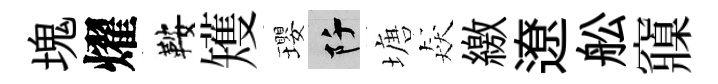
塊燿鞍矱瓔阡塘猋繳遼舩䆿